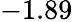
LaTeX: -1.89